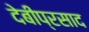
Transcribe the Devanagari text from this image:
देबीप्रसाद